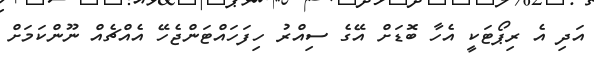
އަދި އެ ރިޕޯޓަކީ އެހާ ބޮޑަށް އޭގެ ސިއްރު ހިފަހައްޓަންޖެހޭ އެއްޗެއް ނޫންކަމަށް